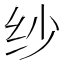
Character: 纱